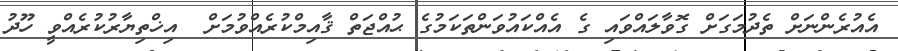
އެއުރެންނަށް ތެދުމަގަށް ގޮވާލައްވައި ގެ އެއްކައުވަންތަކަމުގެ ޙުއްޖަތް ޤާއިމްކުރެއްވުމަށް  އިޚްތިޔާރުކުރެއްވީ ހޫދު